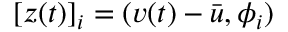
[ \boldsymbol { z } ( t ) ] _ { i } = ( \boldsymbol { v } ( t ) - \bar { \boldsymbol { u } } , \boldsymbol { \phi } _ { i } )